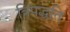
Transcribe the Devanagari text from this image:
त्रिपद्धति